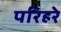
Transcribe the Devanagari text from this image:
परिहरे